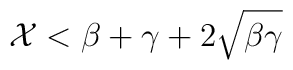
\mathcal{X}<\beta+\gamma+2\sqrt{\beta\gamma}